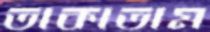
তাকাতাম